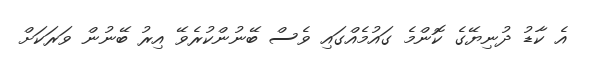
އެ ކާޑު ދުނިޔޭގެ ކޮންމެ ގައުމެއްގައި ވެސް ބޭނުންކުރެވޭ އިރު ބޭނުން ވަރަކަށް